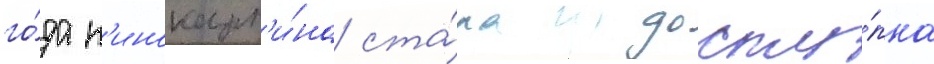
го́да к'инокарт'и́на ста́ла досту́пна